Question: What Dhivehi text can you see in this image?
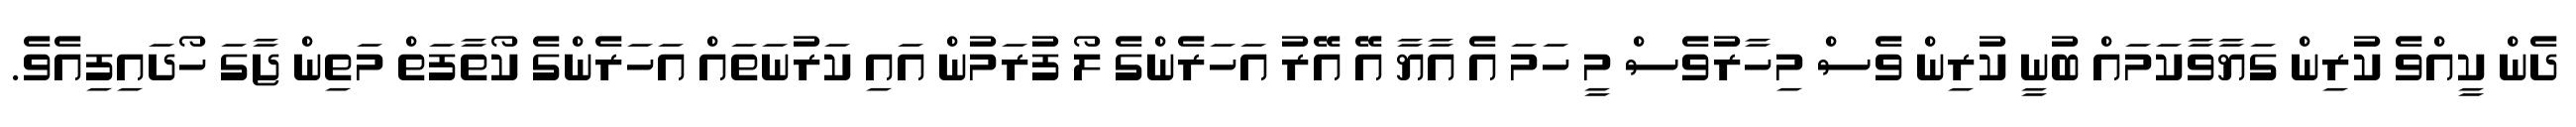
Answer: ދެން ކީއްވެ ކުރިން ގަޔާވާކަމައް ބުނީ ކުރިން ވެސް މިހާރުވެސް މީ ހަމަ އެ އާޔާ އޭ އޭރު އަހަރެންގެ ލޯ ފުރަމުން އައި ކަރުނަތައް އަހަރެންގެ ކޯތާފަތް މަތިން ޖާގަ ހޯދައިފިއެވެ.